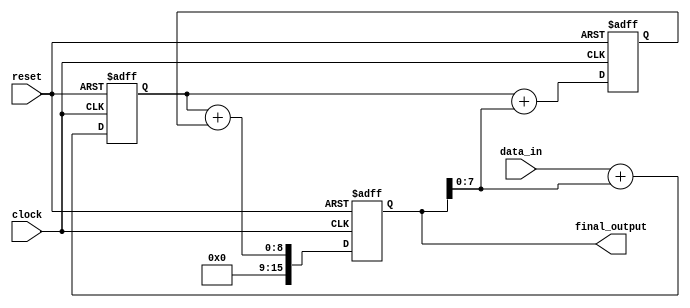
module Pipeline_accumulator (
    input clock,
    input reset,
    input [7:0] data_in,
    output reg [15:0] final_output
);

reg [15:0] accumulator;
reg [7:0] block_result_1, block_result_2;

always @(posedge clock or posedge reset) begin
    if (reset) begin
        accumulator <= 16'b0;
        block_result_1 <= 8'b0;
        block_result_2 <= 8'b0;
    end else begin
        block_result_1 <= data_in + accumulator;
        block_result_2 <= block_result_1 + accumulator;
        accumulator <= block_result_1 + block_result_2;
    end
end

assign final_output = accumulator;

endmodule